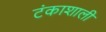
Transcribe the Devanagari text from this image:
टंकाशाली